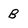
Character: B